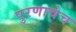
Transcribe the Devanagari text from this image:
पुरणाचेच